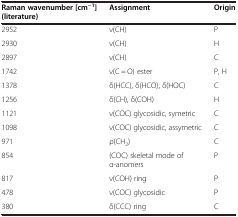
<table><thead><tr><td><b>Raman wavenumber [cm<sup>-1</sup>] (literature)</b></td><td><b>Assignment</b></td><td><b>Origin</b></td></tr></thead><tbody><tr><td>2952</td><td>ν(CH)</td><td>P</td></tr><tr><td>2930</td><td>ν(CH)</td><td>H</td></tr><tr><td>2897</td><td>ν(CH)</td><td>C</td></tr><tr><td>1742</td><td>ν(C = O) ester</td><td>P, H</td></tr><tr><td>1378</td><td>δ(HCC), δ(HCO), δ(HOC)</td><td>C</td></tr><tr><td>1256</td><td>δ(CH), δ(COH)</td><td>H</td></tr><tr><td>1121</td><td>ν(COC) glycosidic, symetric</td><td>C</td></tr><tr><td>1098</td><td>ν(COC) glycosidic, assymetric</td><td>C</td></tr><tr><td>971</td><td>ρ(CH<sub>2</sub>)</td><td>C</td></tr><tr><td>854</td><td>(COC) skeletal mode of α-anomers</td><td>P</td></tr><tr><td>817</td><td>ν(COH) ring</td><td>P</td></tr><tr><td>478</td><td>ν(COC) glycosidic</td><td>P</td></tr><tr><td>380</td><td>δ(CCC) ring</td><td>C</td></tr></tbody></table>